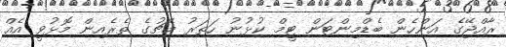
ރާއްޖޭގެ އަންހެން ބެޑްމިންޓަން ޓީމް ކުޅުނު ހަތަރު މެޗުގެ ތެރެއިން މޮޅުވީ އެއް